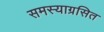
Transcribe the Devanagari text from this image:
समस्याग्रसित